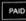
paid